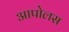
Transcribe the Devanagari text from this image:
आपोलस